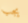
يجب